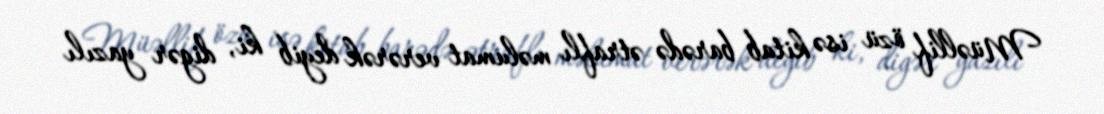
Müəllif özü isə kitab barədə ətraflı məlumat verərək deyib ki, digər yazılı